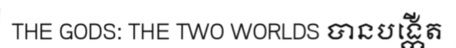
THE GODS: THE TWO WORLDS បានបង្កើត